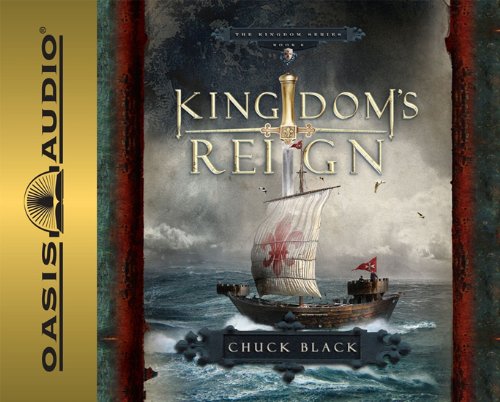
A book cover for Kingdom's Reign (Kingdom Series, Book 6); Chuck Black; Teen & Young Adult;